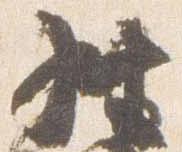
経